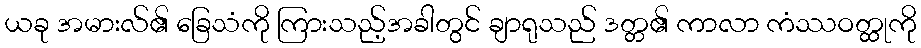
ယခု အမားလ်၏ ခြေသံကို ကြားသည့်အခါတွင် ချာရုသည် ဒတ္တ၏ ကာလာ ကံဿဝတ္ထုကို